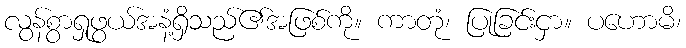
လွန်စွာရှုဖွယ်အနံ့ရှိသည်၏အဖြစ်ကို။ ကာတုံ၊ ပြုခြင်းငှာ။ ပဟောမိ၊